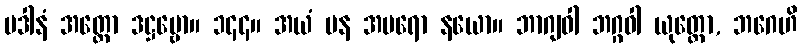
ပဒါနံ အတ္ထော ဒဋ္ဌဗ္ဗော။ ၁၄၄။ အယံ ပန အပရော နယော။ ဘာဂျဝါ ဘဂ္ဂဝါ ယုတ္တော, ဘဂေဟိ